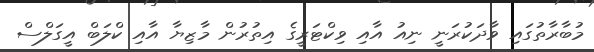
މުބާރާތުގައި ވާދަކުރަނީ ނިއު އާއި ވިކްޓަރީގެ އިތުރުން މާޒިޔާ އާއި ކްލަބް އީގަލްސް